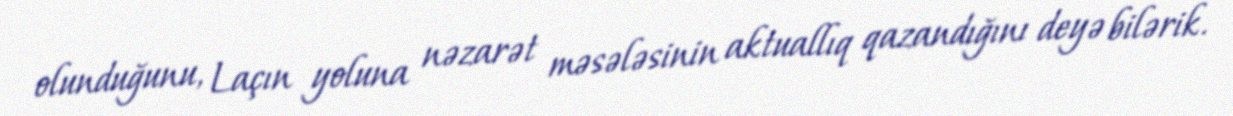
olunduğunu, Laçın yoluna nəzarət məsələsinin aktuallıq qazandığını deyə bilərik.